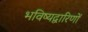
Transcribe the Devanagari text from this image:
भविष्यद्वारिणों